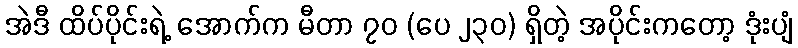
အဲဒီ ထိပ်ပိုင်းရဲ့ အောက်က မီတာ ၇၀ (ပေ ၂၃၀) ရှိတဲ့ အပိုင်းကတော့ ဒုံးပျံ